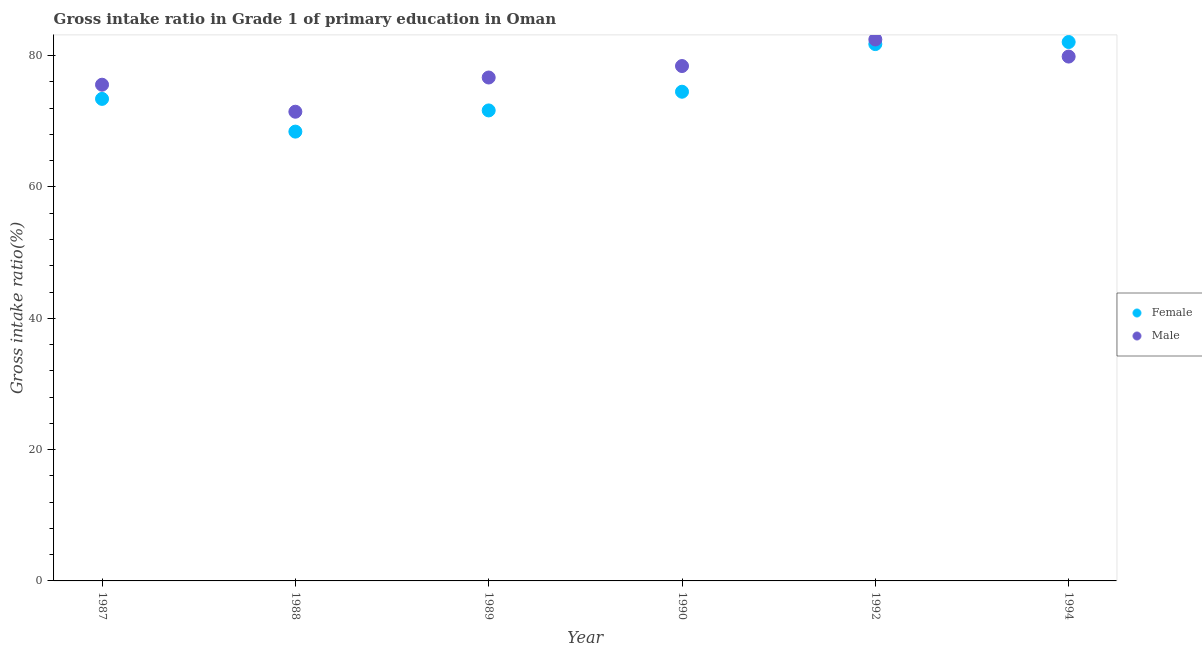
| Year | Female | Male |
 | --- | --- | --- |
 | 1987 | 73.4 | 75.6 |
 | 1988 | 68.4 | 71.5 |
 | 1989 | 71.7 | 76.7 |
 | 1990 | 74.5 | 78.4 |
 | 1992 | 81.8 | 82.5 |
 | 1994 | 82.1 | 79.9 |